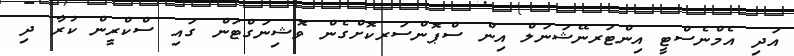
އަދި އެމްނެސްޓީ އިންޓަރނޭޝަނަލް އިން ސްޕޮންސަރކޮށްގެން ވޮޝިނަގްޓަން ގައި ސްކްރީން ކުރާ ދި